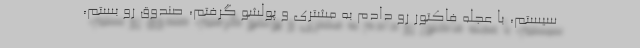
سیستم، با عجله فاکتور رو دادم به مشتری و پولشو گرفتم، صندوق رو بستم،